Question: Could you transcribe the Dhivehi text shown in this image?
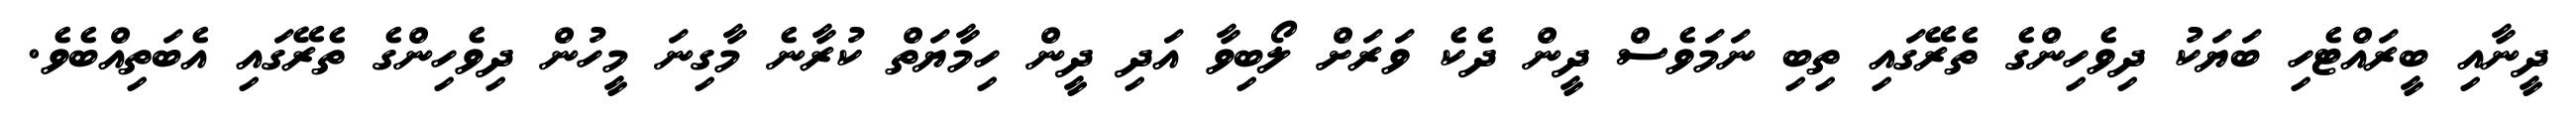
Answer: ދީނާއި ބީރައްޓެހި ބަޔަކު ދިވެހިންގެ ތެރޭގައި ތިބި ނަމަވެސް ދީން ދެކެ ވަރަށް ލޯބިވާ އަދި ދީން ހިމާޔަތް ކުރާނެ މާގިނަ މީހުން ދިވެހިންގެ ތެރޭގައި އެބަތިއްބެވެ.